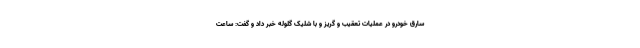
سارق خودرو در عملیات تعقیب و گریز و با شلیک گلوله خبر داد و گفت: ساعت